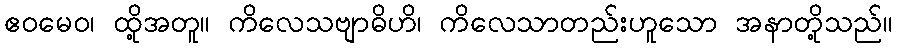
ဧဝမေဝ၊ ထို့အတူ။ ကိလေသဗျာဓိဟိ၊ ကိလေသာတည်းဟူသော အနာတို့သည်။